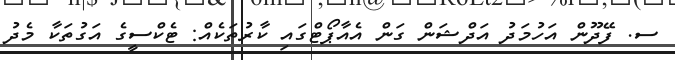
ސ. ފޭދޫން އަހުމަދު އަދްޝަން ގަން އެއާޕޯޓްގައި ކާރުތަކެއް: ޓެކްސީގެ އަގުތަކާ މެދު